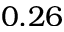
0 . 2 6